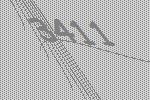
3411